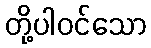
တို့ပါဝင်သော